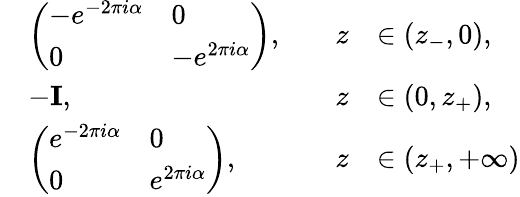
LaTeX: \begin{array}{rlrl}&{\left(\begin{array}{ll}{-e^{-2\pi i\alpha}}&{0}\\ {0}&{-e^{2\pi i\alpha}}\end{array}\right),\quad}&{z}&{\in(z_{-},0),}\\ &{-\mathbf{I},\quad}&{z}&{\in(0,z_{+}),}\\ &{\left(\begin{array}{ll}{e^{-2\pi i\alpha}}&{0}\\ {0}&{e^{2\pi i\alpha}}\end{array}\right),\quad}&{z}&{\in(z_{+},+\infty)}\end{array}